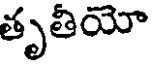
తృతీయో